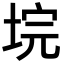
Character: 垸